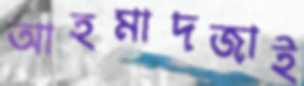
আহমাদজাই